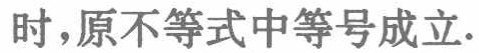
时，原不等式中等号成立.